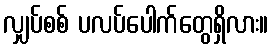
လျှပ်စစ် ပလပ်ပေါက်တွေရှိလား။